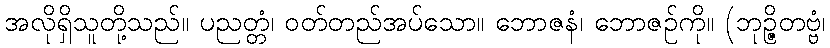
အလိုရှိသူတို့သည်။ ပညတ္တံ၊ ဝတ်တည်အပ်သော။ ဘောဇနံ၊ ဘောဇဉ်ကို။ (ဘုဉ္ဇိတဗ္ဗံ၊